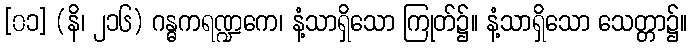
[၀၁] (နိ၊ ၂၁၆) ဂန္ဓကရဏ္ဍကေ၊ နံ့သာရှိသော ကြုတ်၌။ နံ့သာရှိသော သေတ္တာ၌။